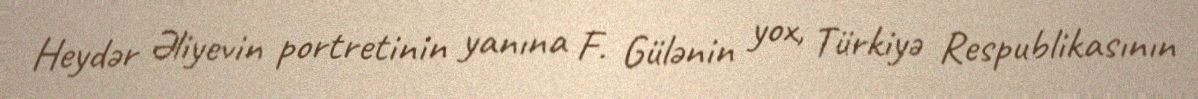
Heydər Əliyevin portretinin yanına F. Gülənin yox, Türkiyə Respublikasının